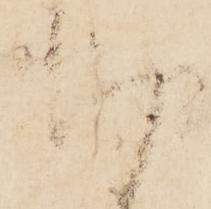
切